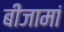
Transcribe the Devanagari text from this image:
बीजामां